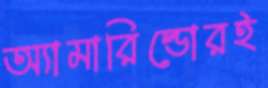
অ্যামারিল্ডোরই